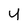
Character: y